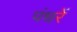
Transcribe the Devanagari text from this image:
पंधरें